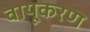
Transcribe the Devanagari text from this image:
वायूकरण